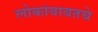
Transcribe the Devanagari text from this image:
लोकांबाबतचे